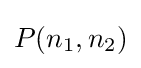
P(n_{1},n_{2})